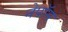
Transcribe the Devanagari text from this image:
नेपॉस